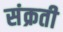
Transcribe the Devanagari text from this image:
संक्रती